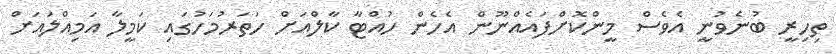
ތިހިރީ ބުނެވުނީ އެވެސް މީންކޮށްފައެއްނޫން އެހެން ހުއްޓާ ކާލްއަށް ހަތަރުމަހުގައި ކަމީލާ އަމިއްލައަށް